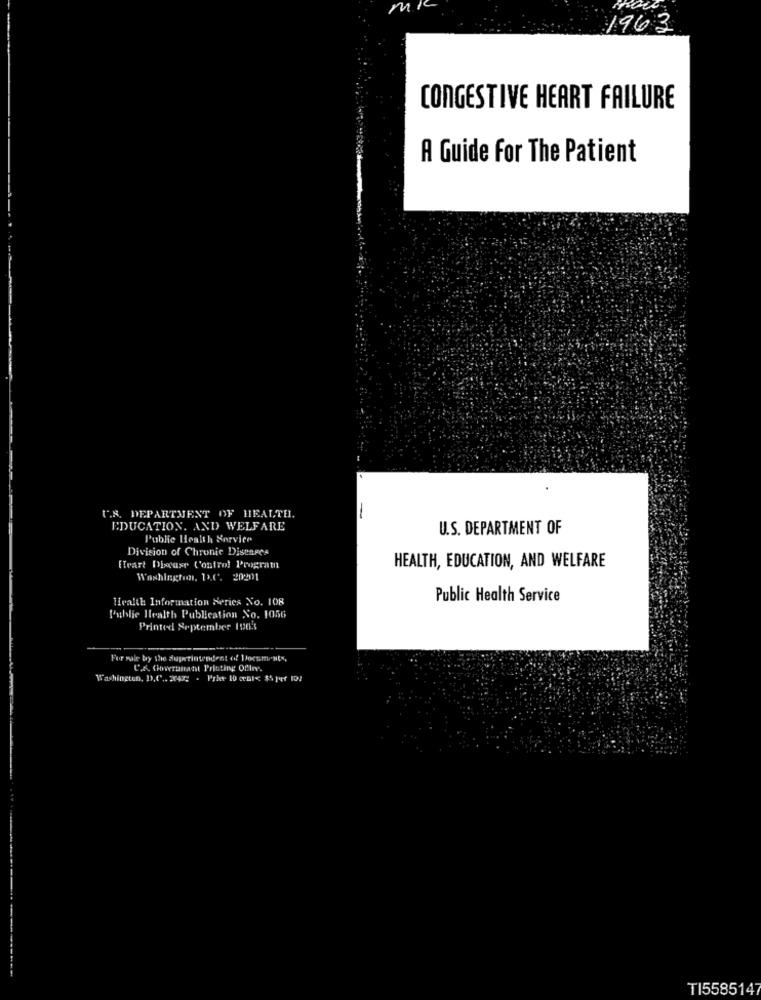
m
1963
CONGESTIVE HEART FAILURE
A Guide For The Patient
.S. DEPARTMENT OF HEALTH.
-
EDUCATION. AND WELFARE
U.S. DEPARTMENT OF
Public Health Service
Division of Chronic Diseases
HEALTH, EDUCATION, AND WELFARE
Heart Disease Control Program
Washington, D.C. 20201
Health Information Series No. 108
Public Health Service
Public Health Publication No. 1056
Printed September 1965
For mule by the Superintendent of Documents,
C.A. Coverunatt Printing Offre.
Washington, D.C .. 2040g . Price ID CeDI< $5 per 107
TI5585147